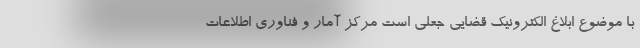
با موضوع ابلاغ الکترونیک قضایی جعلی است مرکز آمار و فناوری اطلاعات